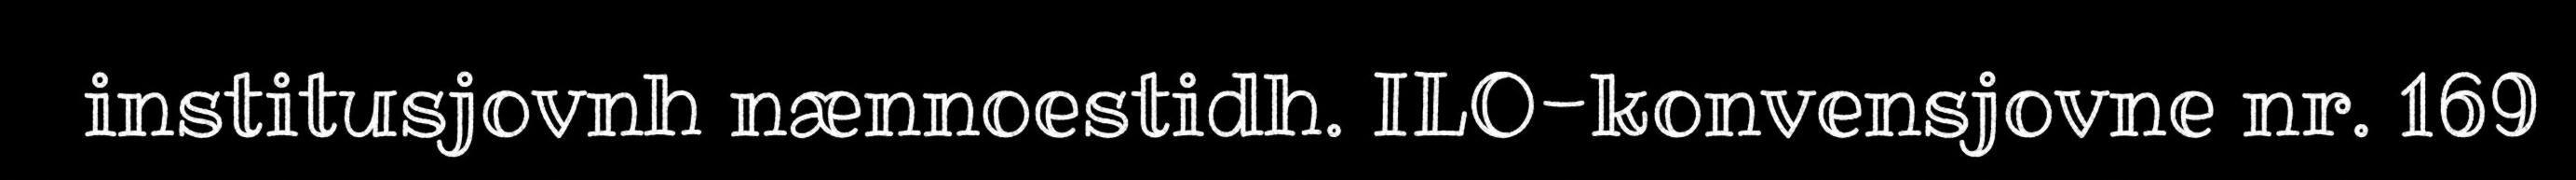
institusjovnh nænnoestidh. ILO-konvensjovne nr. 169